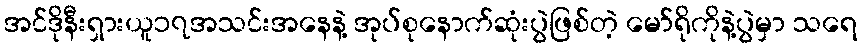
အင်ဒိုနီးရှားယူ၁၇အသင်းအနေနဲ့ အုပ်စုနောက်ဆုံးပွဲဖြစ်တဲ့ မော်ရိုကိုနဲ့ပွဲမှာ သရေ